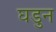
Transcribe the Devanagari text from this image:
घडुन